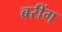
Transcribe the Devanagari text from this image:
बरींग